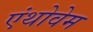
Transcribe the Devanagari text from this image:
एंथोवेम